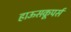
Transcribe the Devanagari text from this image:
हाऊसकूपर्स